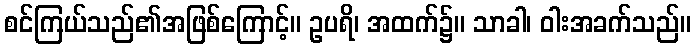
စင်ကြယ်သည်၏အဖြစ်ကြောင့်။ ဥပရိ၊ အထက်၌။ သာခါ၊ ဝါးအခက်သည်။